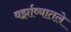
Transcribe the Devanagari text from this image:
वर्झाव्यातले